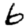
Digit: 6